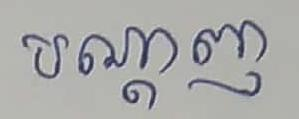
បណ្ដាញ